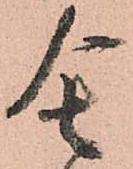
舎